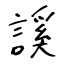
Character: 謑